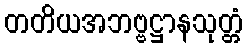
တတိယအဘဗ္ဗဋ္ဌာနသုတ္တံ